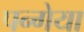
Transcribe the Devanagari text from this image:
पन्गेया